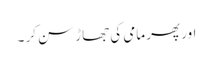
اور پھر مامی کی جھاڑ سن کر ۔